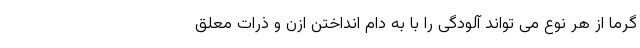
گرما از هر نوع می تواند آلودگی را با به دام انداختن ازن و ذرات معلق